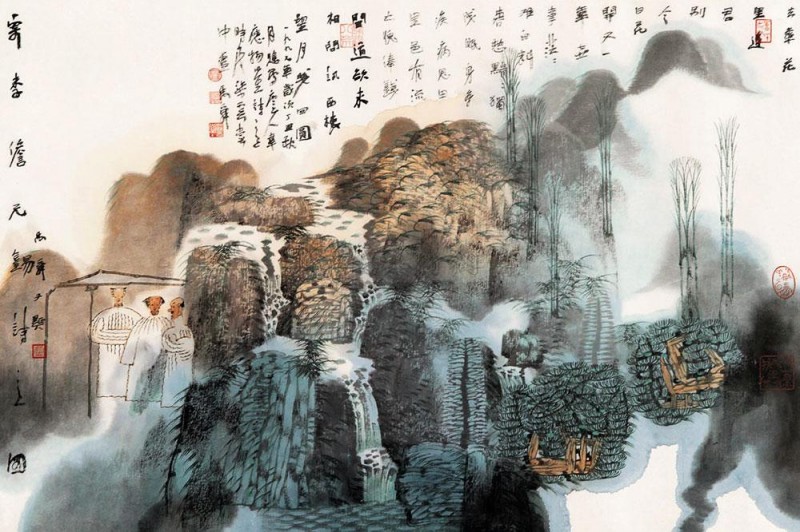
身多疾病思田里，邑有流亡愧俸钱。